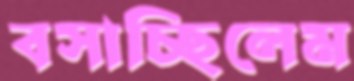
বসাচ্ছিলেম